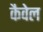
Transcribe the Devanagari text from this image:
कैवेल